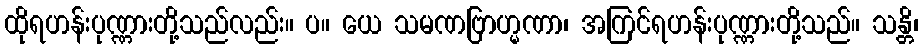
ထိုရဟန်းပုဏ္ဏားတို့သည်လည်း။ ပ။ ယေ သမဏဗြာဟ္မဏာ၊ အကြင်ရဟန်းပုဏ္ဏားတို့သည်။ သန္တိ၊